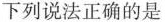
下列说法正确的是